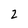
Character: 2